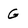
Character: G